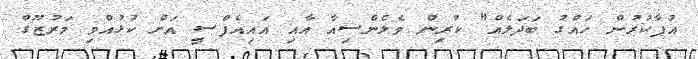
އުފާކުރުން ހައްގު ބަދަލެއް" ކުރިން ވެލެންސިއާ އާއި އައިއެފްސީ އަށް ކުޅުއްވި މަރުޒޫގް